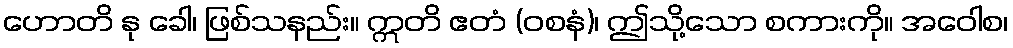
ဟောတိ နု ခေါ၊ ဖြစ်သနည်း။ ဣတိ ဧတံ (ဝစနံ)၊ ဤသို့သော စကားကို။ အဝေါစ၊